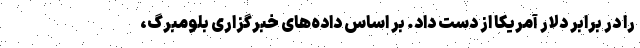
را در برابر دلار آمریکا از دست داد. بر اساس داده‌های خبرگزاری بلومبرگ،